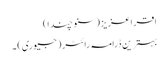
اقرا عزیز ( سنو چندا)
بہترین ڈرامہ رائٹر (جیوری) ۔